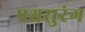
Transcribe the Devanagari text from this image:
पश्चसुरंग